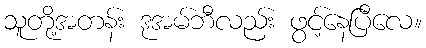
သူတို့အတန်း ဒုအမ်ဘီလည်း ဖွင့်နေပြီလေ။